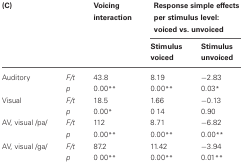
| (C) |  | Voicing interaction | <COLSPAN=2> Response simple effects per stimulus level: voiced vs. unvoiced |
 |  |  |  | Stimulus voiced | Stimulus unvoiced |
 | --- | --- | --- | --- | --- |
 | Auditory | F/t | 43.8 | 8.19 | −2.83 |
 |  | p | 0.00** | 0.00** | 0.03* |
 | Visual | F/t | 18.5 | 1.66 | −0.13 |
 |  | p | 0.00* | 0 14 | 0.90 |
 | AV, visual /pa/ | F/t | 112 | 8.71 | −6.82 |
 |  | p | 0.00** | 0.00** | 0.00** |
 | AV, visual /ga/ | F/t | 87.2 | 11.42 | −3.94 |
 |  | p | 0 00** | 0.00** | 0.01** |